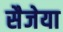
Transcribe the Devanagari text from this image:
सैजेया